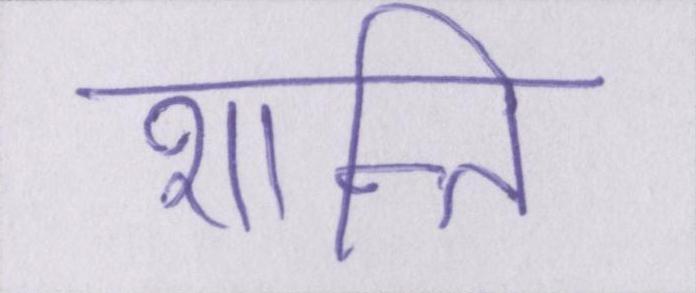
शान्ति